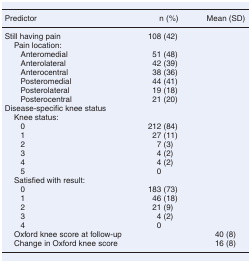
| Predictor | n (%) | Mean (SD) |
 | --- | --- | --- |
 | Still having pain | 108 (42) |  |
 | Pain location: |  |  |
 | Anteromedial | 51 (48) |  |
 | Anterolateral | 42 (39) |  |
 | Anterocentral | 38 (36) |  |
 | Posteromedial | 44 (41) |  |
 | Posterolateral | 19 (18) |  |
 | Posterocentral | 21 (20) |  |
 | Disease-specific knee status |  |  |
 | Knee status: |  |  |
 | 0 | 212 (84) |  |
 | 1 | 27 (11) |  |
 | 2 | 7 (3) |  |
 | 3 | 4 (2) |  |
 | 4 | 4 (2) |  |
 | 5 | 0 |  |
 | Satisfied with result: |  |  |
 | 0 | 183 (73) |  |
 | 1 | 46 (18) |  |
 | 2 | 21 (9) |  |
 | 3 | 4 (2) |  |
 | 4 | 0 |  |
 | Oxford knee score at follow-up |  | 40 (8) |
 | Change in Oxford knee score |  | 16 (8) |